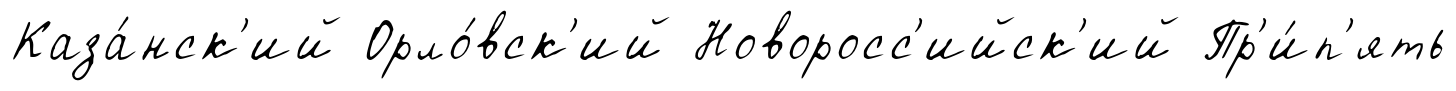
Каза́нск'ий Орло́вск'ий Новоросс'ийск'ий Пр'и́п'ять